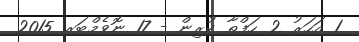
1 އަހަރު 2 ހަފްތާ ކުރިން - 17 ނޮވެމްބަރ 2015